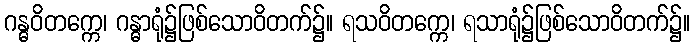
ဂန္ဓဝိတက္ကေ၊ ဂန္ဓာရုံ၌ဖြစ်သောဝိတက်၌။ ရသဝိတက္ကေ၊ ရသာရုံ၌ဖြစ်သောဝိတက်၌။